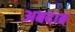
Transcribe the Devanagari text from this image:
अबदाब